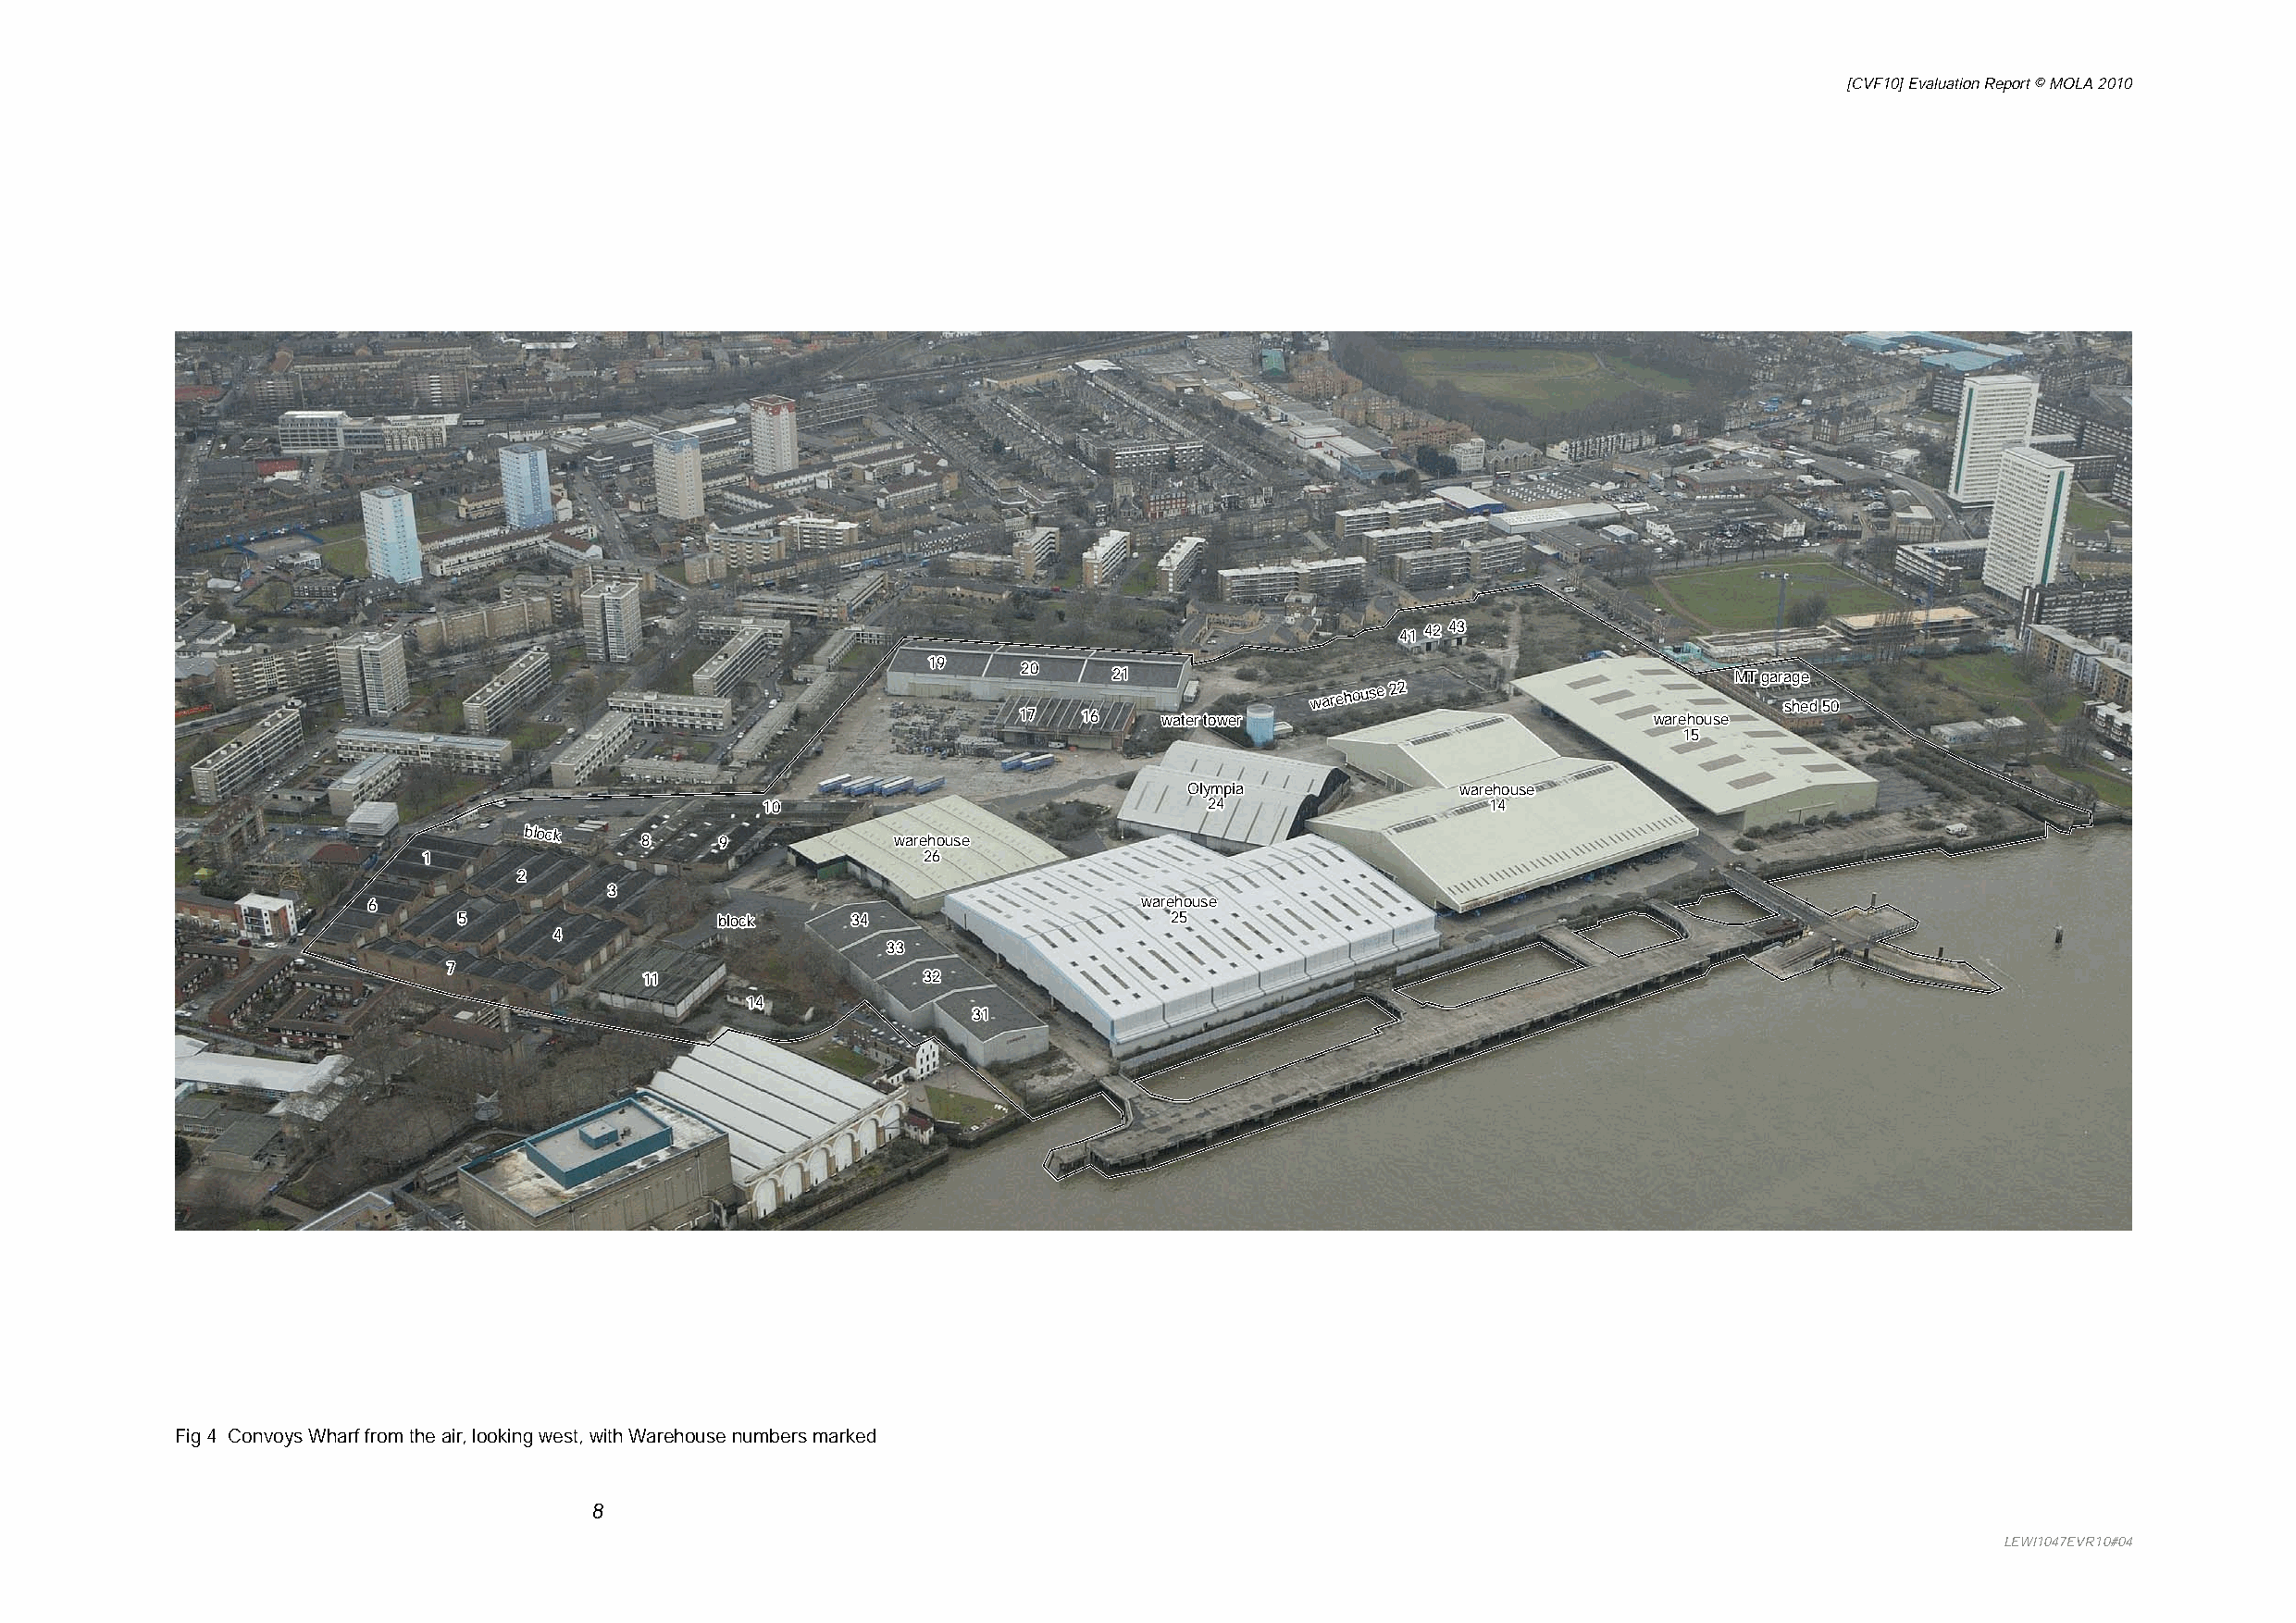
[CVF10] Evaluation Report © MOLA 2010
 4411 4422 4433
 1199
 2200   2211                                        MMTT ggaarraaggee
 wwaarreehhoouussee 2222
 sshheedd 5500
 1177 1166 wwaatteerr ttoowweerr              wwaarreehhoouussee
 1155
 OOllyymmppiiaa     wwaarreehhoouussee
 1100                           2244                1144
 bblloocckk
 88   99           wwaarreehhoouussee
 11                                  2266
 22
 33
 66                                                      wwaarreehhoouussee
 55                bblloocckk 3344                  2255
 44
 3333
 77
 1111                3322
 1144
 3311
 Fig 4 Convoys Wharf from the air, looking west, with Warehouse numbers marked
 8
 LEWI1047EVR10#04